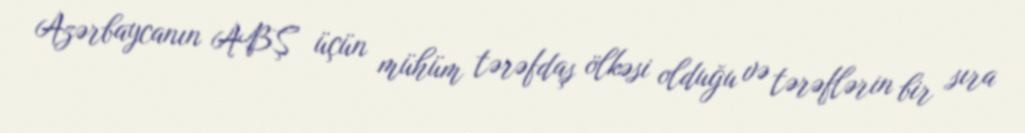
Azərbaycanın ABŞ üçün mühüm tərəfdaş ölkəsi olduğu və tərəflərin bir sıra